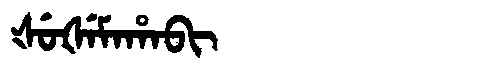
Manchu: ᡧᡠᡧᡝᠮᠠᡥᠠᠪᡳ
Romanization: ŠUŠEMAHABI